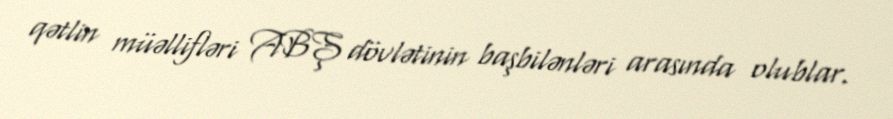
qətlin müəllifləri ABŞ dövlətinin başbilənləri arasında olublar.